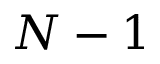
N - 1